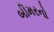
બીમરનો